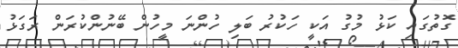
ގޮތުގައި ކަޅު މުގު އަކީ ހަކުރު ބަލި ހުންނަ މީހުން ބޭނުންކުރަން ރަގަޅު